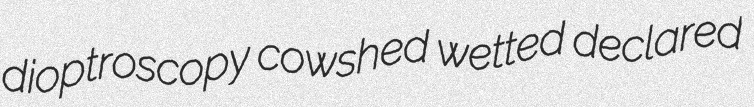
dioptroscopy cowshed wetted declared